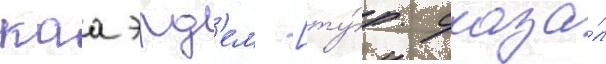
каа эрд'ем [ту́р. сказа́л